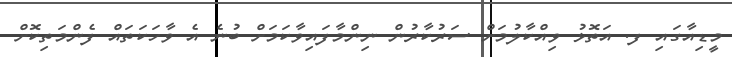
މީޑިއާގައި ފ. އަތޮޅު ވިއްކާލުމަށް ސަރުކާރުން ނިންމާފައިވާކަމަށް ބުނެ އެ ވާހަކަތައް ފެންމަތިކޮށް